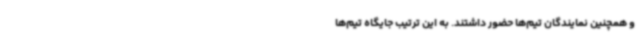
و همچنین نمایندگان تیم‌ها حضور داشتند. به این ترتیب جایگاه تیم‌ها